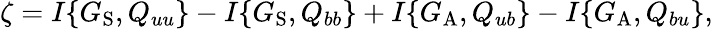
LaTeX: \zeta=I\{ {G_{\mathrm{{S}}},Q_{uu}}\} -I\{ {G_{\mathrm{{S}}},Q_{bb}}\} +I\{ {G_{\mathrm{{A}}},Q_{ub}}\} -I\{ {G_{\mathrm{{A}}},Q_{bu}}\} ,